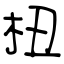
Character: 杻